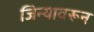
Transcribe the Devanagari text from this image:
जिन्यावरून